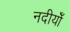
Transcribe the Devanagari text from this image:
नदीयोँ